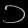
Digit: ၁